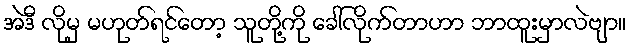
အဲဒီ လိုမှ မဟုတ်ရင်တော့ သူတို့ကို ခေါ်လိုက်တာဟာ ဘာထူးမှာလဲဗျာ။